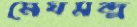
মেঘমন্দ্র্র